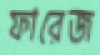
ফারেজ